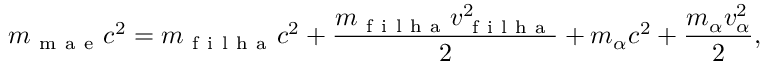
m _ { \mathrm { ~ m ~ a ~ e ~ } } c ^ { 2 } = m _ { \mathrm { ~ f ~ i ~ l ~ h ~ a ~ } } c ^ { 2 } + \frac { m _ { \mathrm { ~ f ~ i ~ l ~ h ~ a ~ } } v _ { \mathrm { ~ f ~ i ~ l ~ h ~ a ~ } } ^ { 2 } } { 2 } + m _ { \alpha } c ^ { 2 } + \frac { m _ { \alpha } v _ { \alpha } ^ { 2 } } { 2 } ,